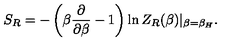
S _ { R } = - \left( \beta { \frac { \partial } { \partial \beta } } - 1 \right) \ln Z _ { R } ( \beta ) | _ { \beta = \beta _ { H } } .